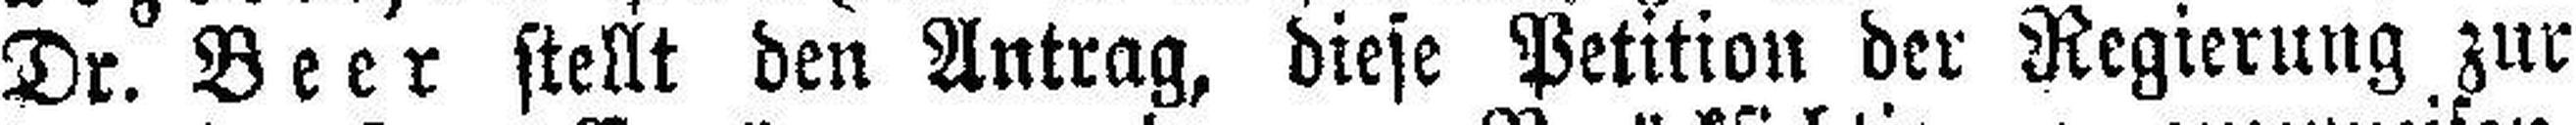
Dr. Beer stellt den Antrag, diese Petition der Regierung zur